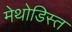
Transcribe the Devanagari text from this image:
मेथोडिस्त